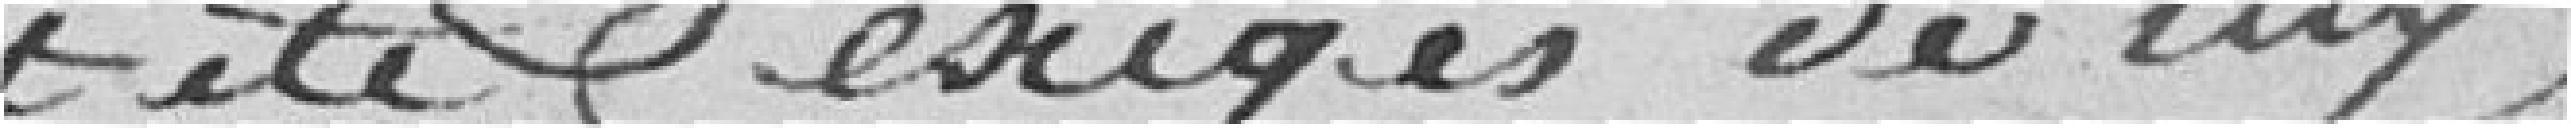
ont été exigés de luy